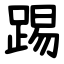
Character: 踢